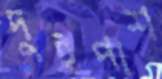
দুইপাশ